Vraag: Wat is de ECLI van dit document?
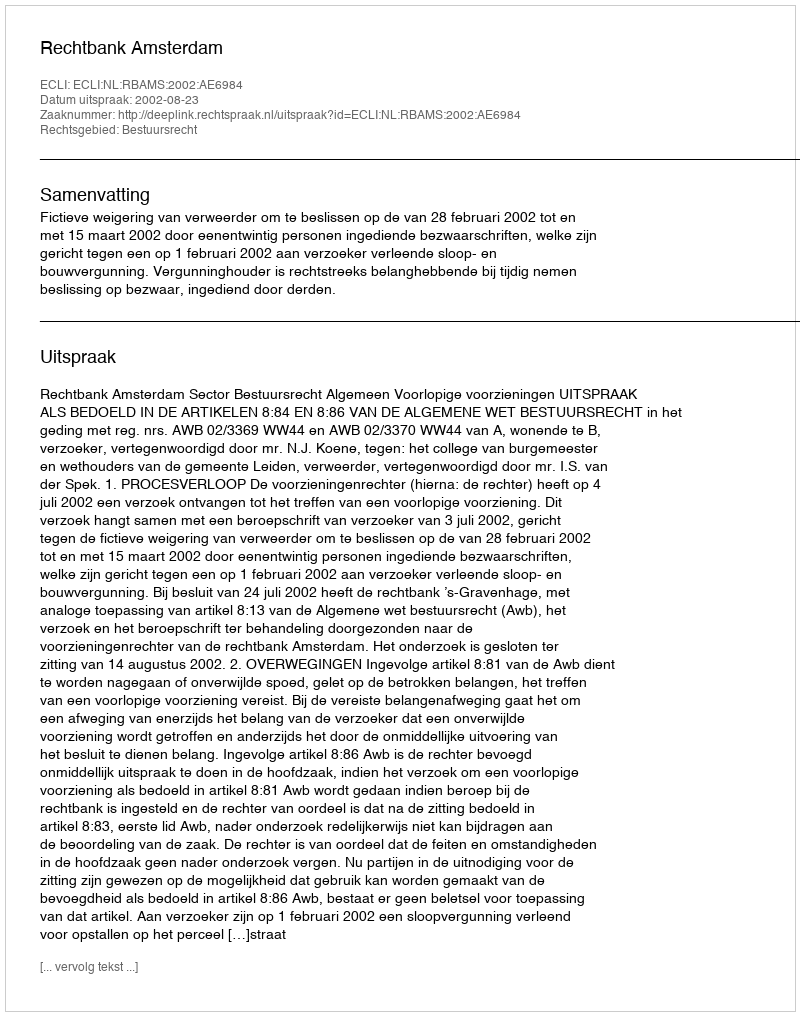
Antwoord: ECLI:NL:RBAMS:2002:AE6984